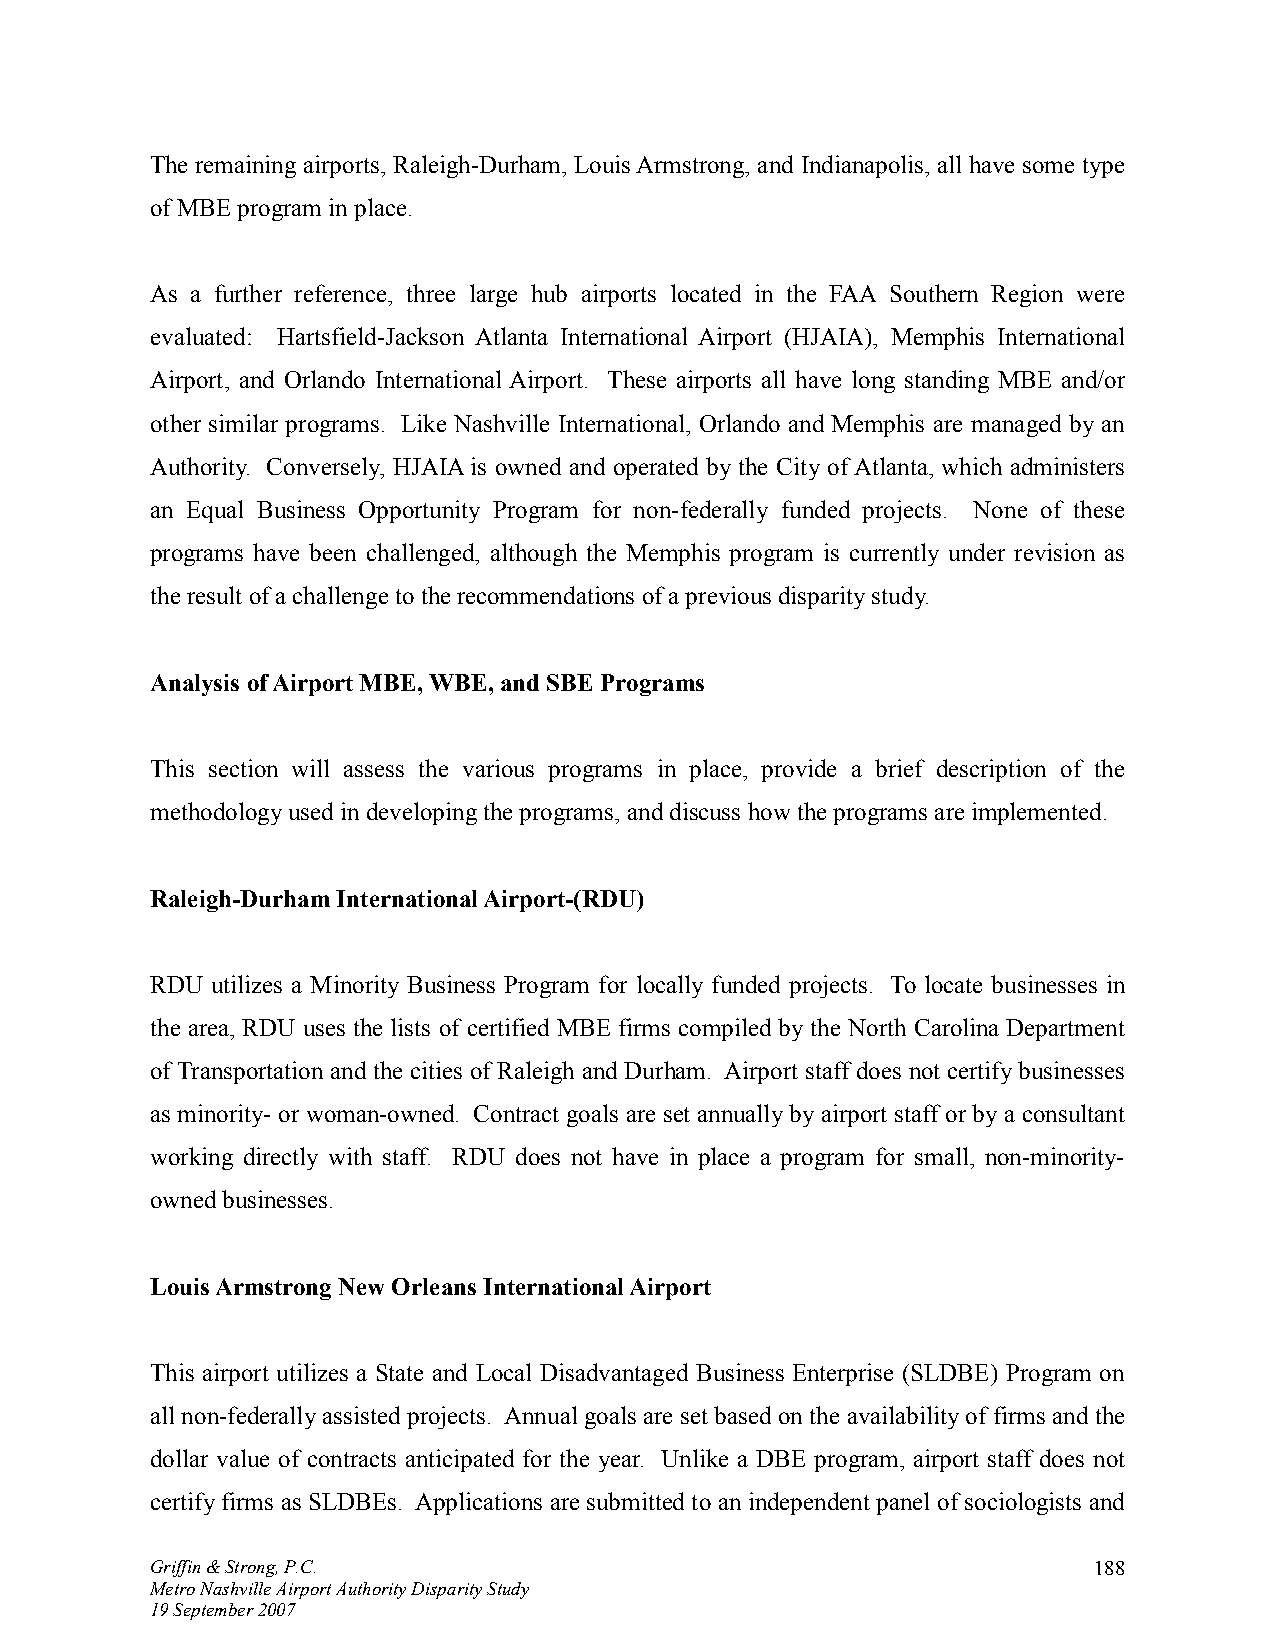
The remaining airports, Raleigh-Durham, Louis Armstrong, and Indianapolis, all have some type
 of MBE program in place.
 As a further reference, three large hub airports located in the FAA Southern Region were
 evaluated: Hartsfield-Jackson Atlanta International Airport (HJAIA), Memphis International
 Airport, and Orlando International Airport. These airports all have long standing MBE and/or
 other similar programs. Like Nashville International, Orlando and Memphis are managed by an
 Authority. Conversely, HJAIA is owned and operated by the City of Atlanta, which administers
 an Equal Business Opportunity Program for non-federally funded projects. None of these
 programs have been challenged, although the Memphis program is currently under revision as
 the result of a challenge to the recommendations of a previous disparity study.
 Analysis of Airport MBE, WBE, and SBE Programs
 This section will assess the various programs in place, provide a brief description of the
 methodology used in developing the programs, and discuss how the programs are implemented.
 Raleigh-Durham International Airport-(RDU)
 RDU utilizes a Minority Business Program for locally funded projects. To locate businesses in
 the area, RDU uses the lists of certified MBE firms compiled by the North Carolina Department
 of Transportation and the cities of Raleigh and Durham. Airport staff does not certify businesses
 as minority- or woman-owned. Contract goals are set annually by airport staff or by a consultant
 working directly with staff. RDU does not have in place a program for small, non-minority-
 owned businesses.
 Louis Armstrong New Orleans International Airport
 This airport utilizes a State and Local Disadvantaged Business Enterprise (SLDBE) Program on
 all non-federally assisted projects. Annual goals are set based on the availability of firms and the
 dollar value of contracts anticipated for the year. Unlike a DBE program, airport staff does not
 certify firms as SLDBEs. Applications are submitted to an independent panel of sociologists and
 Griffin & Strong, P.C.                                        188
 Metro Nashville Airport Authority Disparity Study
 19 September 2007